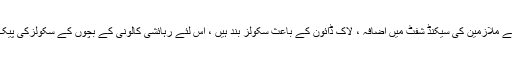
ایجنڈا آٹمز جن کی منظوری دے دی گئی ہے کے دیگز چیزوں میںیونیورسٹی کے ملازمین کی سیکنڈ شفٹ میں اضافہ ،ْ لاک ڈائون کے باعث سکولز بند ہیں ،ْ اس لئے رہائشی کالونی کے بچوں کے سکولزکی پیک اینڈ ڈراپ کے چارجزکی کٹوتی یکم اپریل سے تاحکم ثانی روک دی گئی ہے ۔